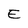
Character: E